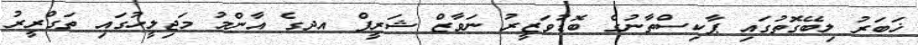
ޚަބަރު ލިބޭގޮތުގައި ޕާކިސްތާނުގެ ބޮޑުވަޒީރު ނަވާޒް ޝަރީފް އދގެ އާންމު މަޖިލީހުގައި ތަގްރީރު